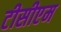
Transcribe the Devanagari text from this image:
टीसीएम